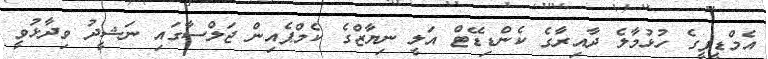
އެމްޑީޕީގެ ހުޅުމާލެ ދާއިރާގެ ކެންޑިޑޭޓް އަލީ ނިޔާޒްގެ ކެމްޕެއިން ޖަލްސާގައި ނަޝީދު ވިދާޅުވީ